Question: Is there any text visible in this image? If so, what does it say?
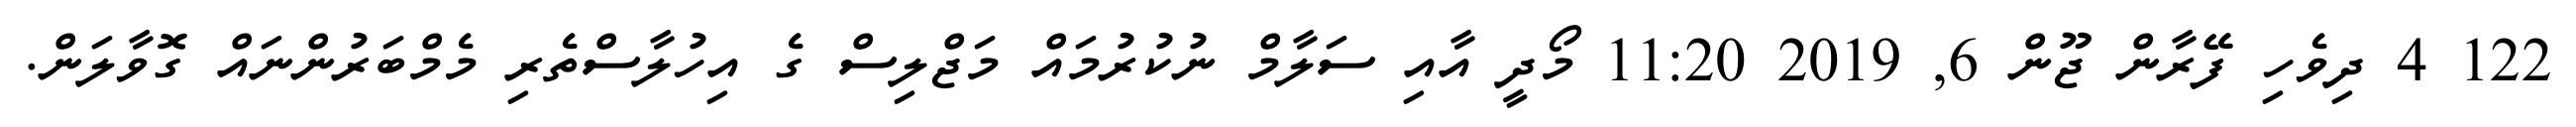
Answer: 122 4 ދިވެހި ފޭރާން ޖޫން 6, 2019 11:20 މޯދީ އާއި ސަލާމް ނުކުރުމައް މަޖްލިސް ގެ އިހުލާސްތެރި މެމްބަރުންނައް ގޮވާލަން.